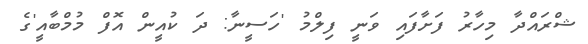
ޝްރައްދާ މިހާރު ފަށާފައި ވަނީ ފިލްމު 'ހަސީނާ: ދަ ކުއީން އޮފް މުމްބާއީ'ގެ